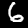
Digit: 6